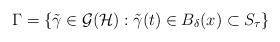
LaTeX: \begin{align*}\Gamma= \{ \tilde \gamma\in \mathcal G(\mathcal H): \tilde \gamma(t)\in B_{\delta}(x)\subset S_\tau\}\end{align*}